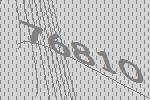
76810